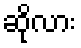
ဆိုလား